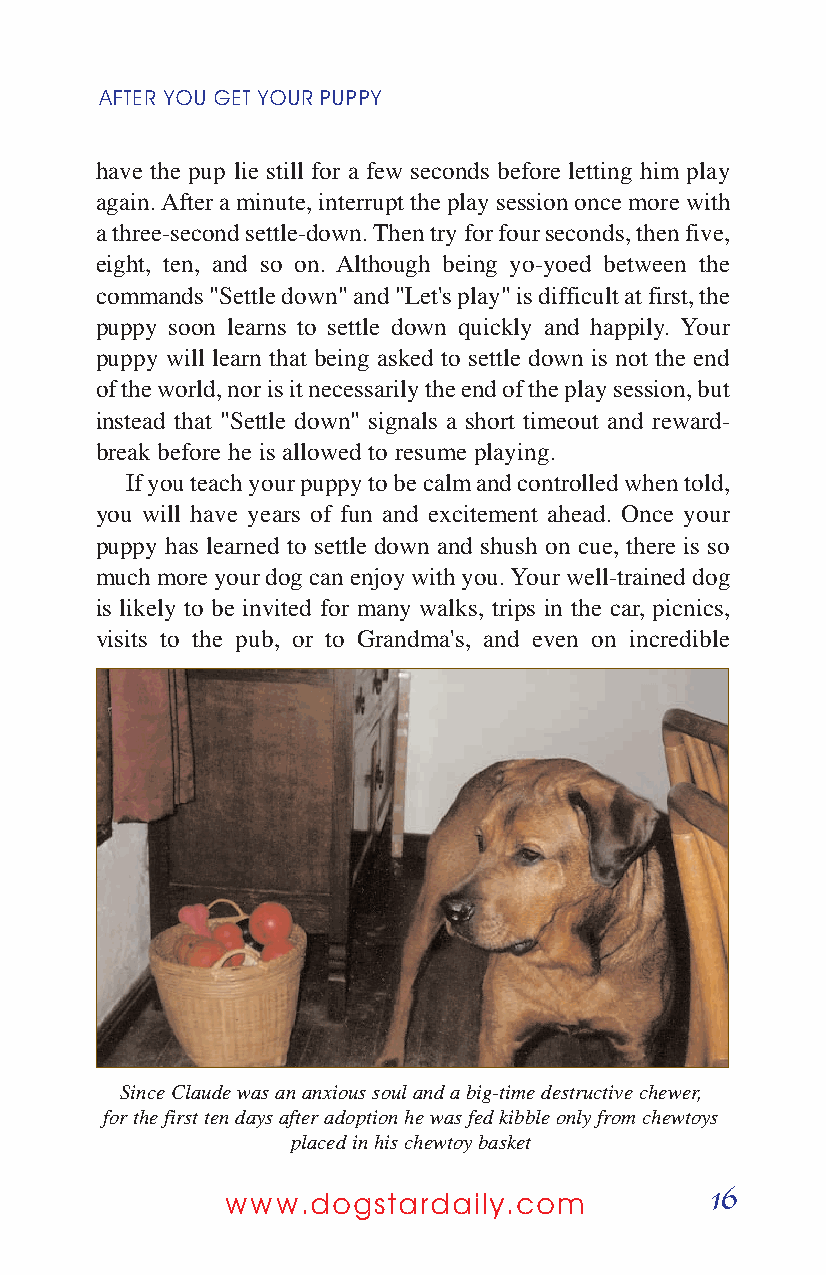
AFTER YOUGETYOURPUPPY
 have the pup lie still for a few seconds before letting him play
 again. After a minute, interrupt the play session once more with
 a three-second settle-down. Then try for four seconds, then five,
 eight, ten, and so on. Although being yo-yoed between the
 commands "Settle down" and "Let's play" is difficult at first, the
 puppy soon learns to settle down quickly and happily. Your
 puppy will learn that being asked to settle down is not the end
 of the world, nor is it necessarily the end of the play session, but
 instead that "Settle down" signals a short timeout and reward-
 break before he is allowed to resume playing.
 If you teach your puppy to be calm and controlled when told,
 you will have years of fun and excitement ahead. Once your
 puppy has learned to settle down and shush on cue, there is so
 much more your dog can enjoy with you. Your well-trained dog
 is likely to be invited for many walks, trips in the car, picnics,
 visits to the pub, or to Grandma's, and even on incredible
 Since Claude was an anxious soul and a big-time destructive chewer,
 for the first ten days after adoption he was fed kibble only from chewtoys
 placed in his chewtoy basket
 16
 www.dogstardaily.com